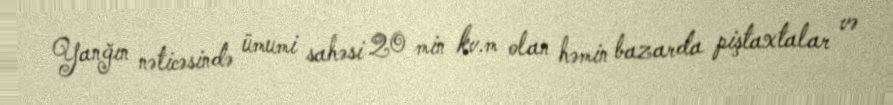
Yanğın nəticəsində ümumi sahəsi 20 min kv.m olan həmin bazarda piştaxtalar və